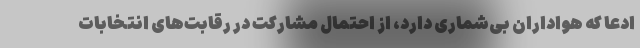
ادعا که هواداران بی‌شماری دارد، از احتمال مشارکت در رقابت‌های انتخابات